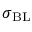
\sigma _ { \mathrm { B L } }